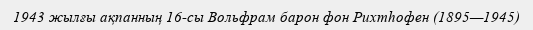
1943 жылғы ақпанның 16-сы Вольфрам барон фон Рихтһофен (1895—1945)